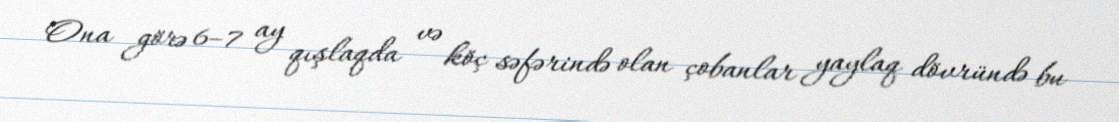
Ona görə 6–7 ay qışlaqda və köç səfərində olan çobanlar yaylaq dövründə bu